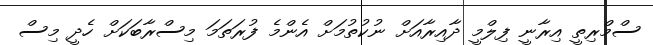
ސްމްރިތީ އިރާނީ ފިލްމީ ދާއިރާއަށް ނުކުތުމަށް އެންމެ ފުރަތަމަ މިސްރާބަކަށް ހެދީ މިސް